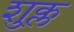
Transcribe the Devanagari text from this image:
शु्क्ल